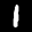
Label: 1